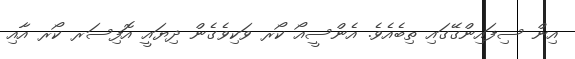
އިން ސިފައިންގޭގައި ތިބެއެވެ. އެންސީއޯ ކޯރ ވަކިވެގެން ދިޔައީ އޮފިސަރ ކޯރ އާއި